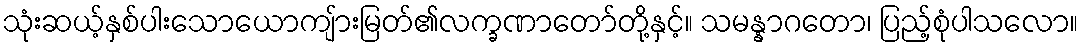
သုံးဆယ့်နှစ်ပါးသောယောကျ်ားမြတ်၏လက္ခဏာတော်တို့နှင့်။ သမန္နာဂတော၊ ပြည့်စုံပါသလော။